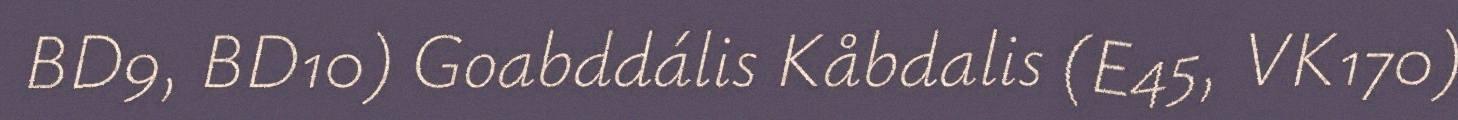
BD9, BD10) Goabddális Kåbdalis (E45, VK170)